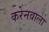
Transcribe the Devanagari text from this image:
करेनवाला